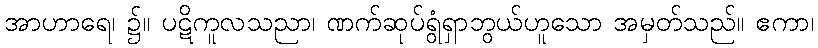
အာဟာရေ၊ ၌။ ပဋိကူလသညာ၊ ဏက်ဆုပ်ရွံရှာဘွယ်ဟူသော အမှတ်သည်။ ဧကာ၊